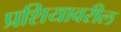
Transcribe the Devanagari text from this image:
प्रशियावरील